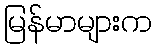
မြန်မာများက